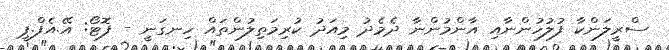
ސްރީލަންކާ ފުލުހުންނާއި އާންމުންނާ ދެމެދު މިއަދު ކުރިމަތިލުންތައް ހިނގަނީ - ފޮޓޯ: އޭ.އެފް.ޕީ